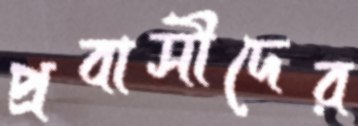
প্রবাসীদের